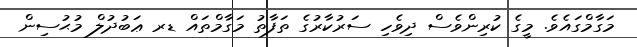
މަގާމްގައެވެ. މީގެ ކުރިންވެސް ދިވެހި ސަރުކާރުގެ ތަފާތު މަގާމްތައް ޑރ ޢަބުދުލް މުޙުސިން